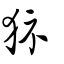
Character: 狋